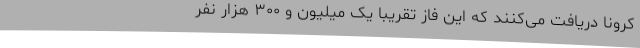
کرونا دریافت می‌کنند که این فاز تقریباً یک میلیون و ۳۰۰ هزار نفر